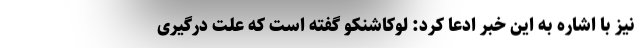
نیز با اشاره به این خبر ادعا کرد: لوکاشنکو گفته است که علت درگیری